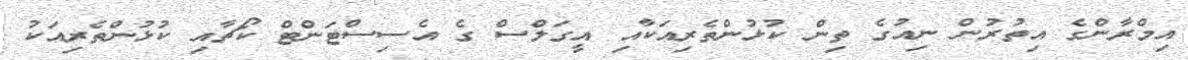
އިމްރާންގެ އިތުރުން ނިއުގެ ތިން ކުޅުންތެރިއަކާއި އީގަލްސް ގެ އެސިސްޓަންޓް ކޯޗާއި ކުޅުންތެރިއަކު